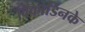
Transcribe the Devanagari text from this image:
विकोडिनके